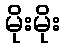
မိုးမိုး